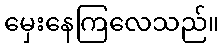
မှေးနေကြလေသည်။